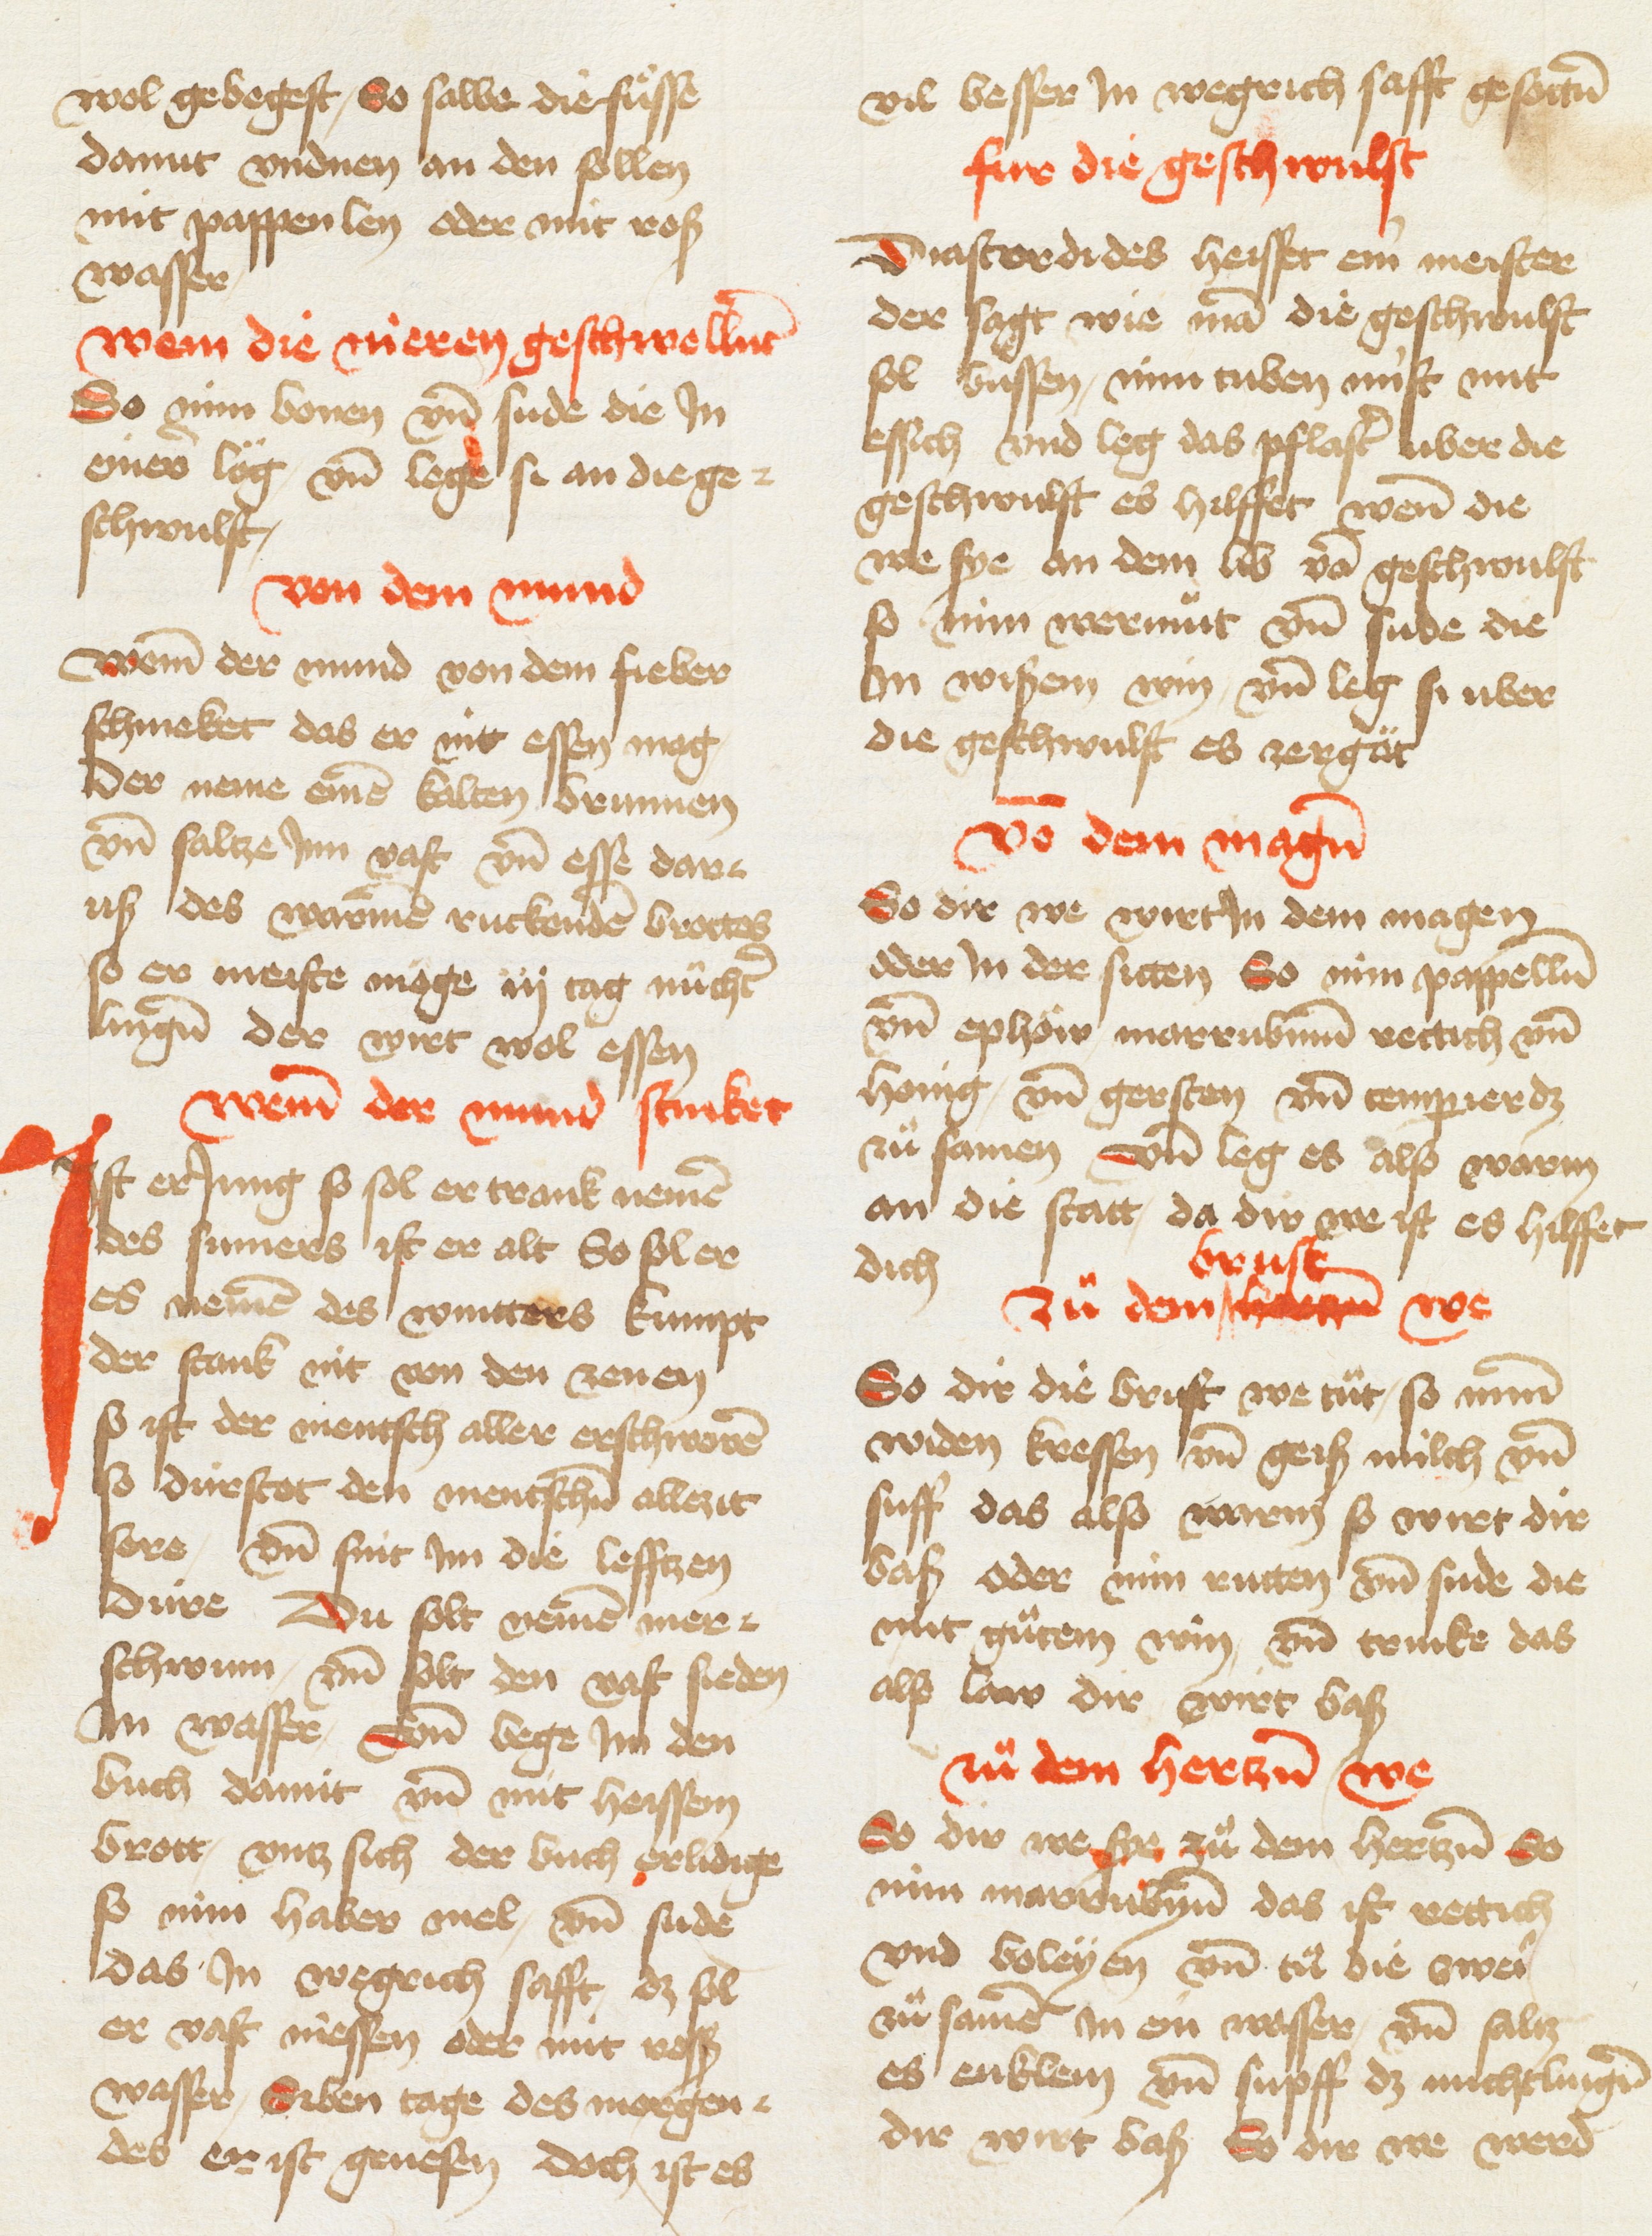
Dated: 1433–1465